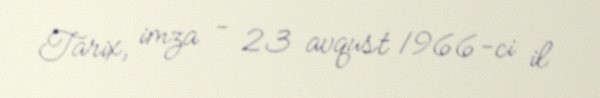
Tarix, imza - 23 avqust 1966-ci il